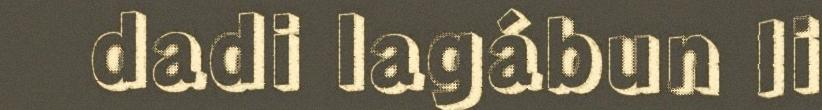
dadi lagábun li